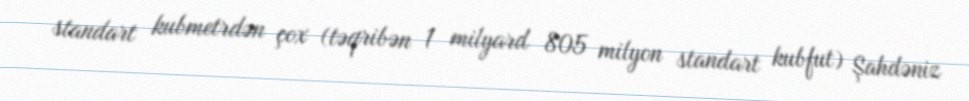
standart kubmetrdən çox (təqribən 1 milyard 805 milyon standart kubfut) Şahdəniz